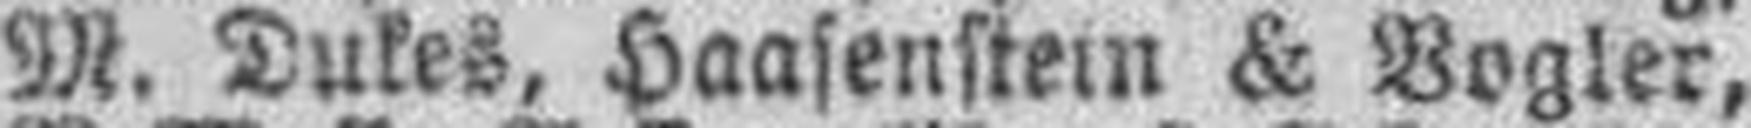
M. Dukes, Haasenstein & Vogler,